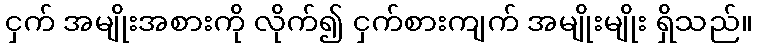
ငှက် အမျိုးအစားကို လိုက်၍ ငှက်စားကျက် အမျိုးမျိုး ရှိသည်။